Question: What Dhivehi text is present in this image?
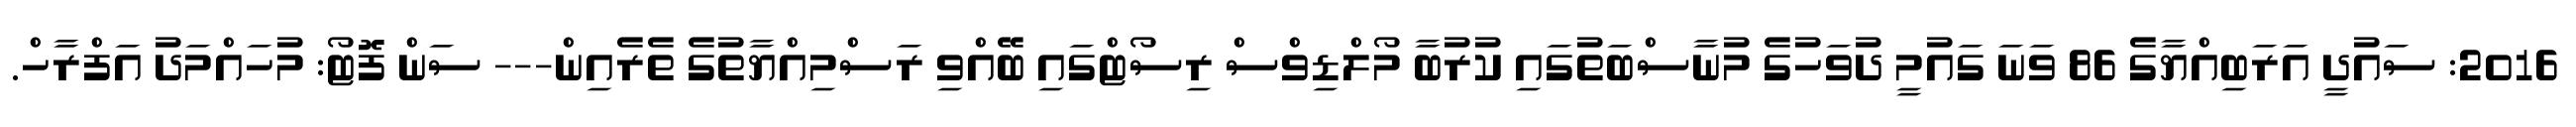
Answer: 2016: ސައުދީ އަރަބިއްޔާގެ 86 ވަނަ ގައުމީ ދުވަހުގެ މުނާސްބަތުގައި ކުރުބާ މޯލްޑިވްސް ރިސޯޓްގައި ބޭއްވި ރަސްމިއްޔާތުގެ ތެރެއިން--- ސަން ފޮޓޯ: މުހައްމަދު އަފްރާހް.